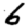
Digit: 6